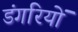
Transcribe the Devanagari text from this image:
डंगरियों